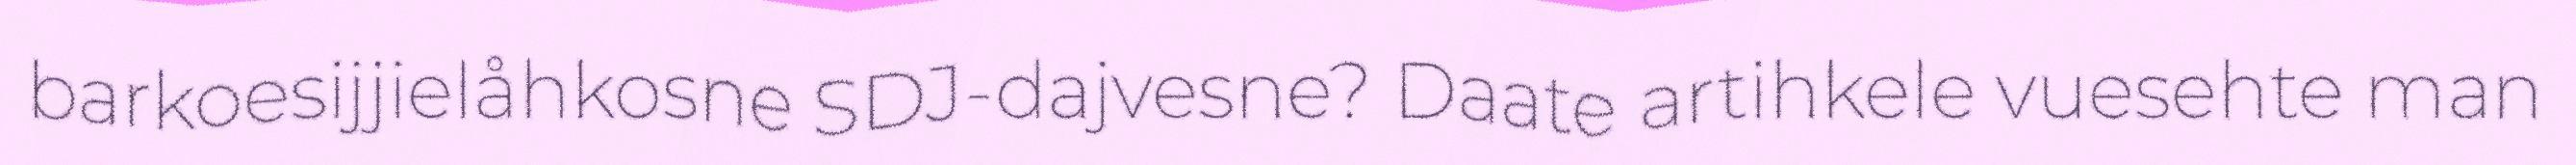
barkoesijjielåhkosne SDJ-dajvesne? Daate artihkele vuesehte man